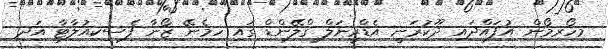
މިހޯރމޯން އުފައްދައި ދޫކުރަނީ އެޑްރީނަލް ގްލޭންޑް ގައި ހިމެނޭ ޒޯނާ ފެސިކިއުލާޓާ އަދި